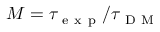
M = \tau _ { \mathrm { ~ e ~ x ~ p ~ } } / \tau _ { \mathrm { ~ D ~ M ~ } }